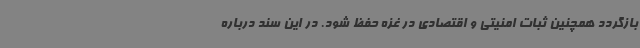
بازگردد همچنین ثبات امنیتی و اقتصادی در غزه حفظ شود. در این سند درباره